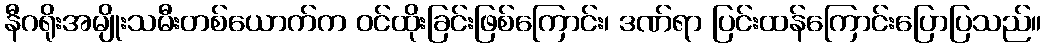
နီဂရိုးအမျိုးသမီးတစ်ယောက်က ဝင်ထိုးခြင်းဖြစ်ကြောင်း၊ ဒဏ်ရာ ပြင်းထန်ကြောင်းပြောပြသည်။